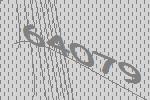
64079